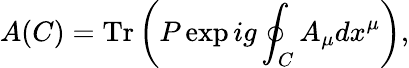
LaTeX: A(C)=\mathrm{Tr}\left(P\exp ig\oint_{C}A_{\mu}dx^{\mu}\right),